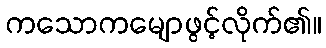
ကသောကမျောဖွင့်လိုက်၏။